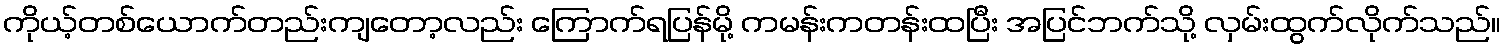
ကိုယ့်တစ်ယောက်တည်းကျတော့လည်း ကြောက်ရပြန်မို့ ကမန်းကတန်းထပြီး အပြင်ဘက်သို့ လှမ်းထွက်လိုက်သည်။